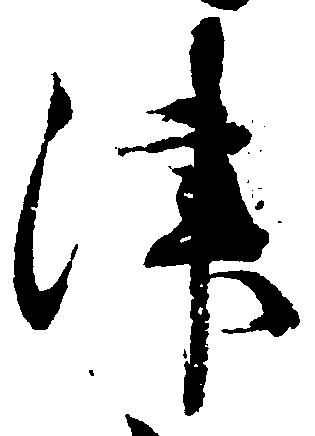
津